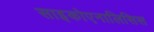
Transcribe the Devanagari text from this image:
साइकोएनालिसिस